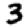
Digit: 3